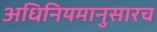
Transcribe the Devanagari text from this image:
अधिनियमानुसारच